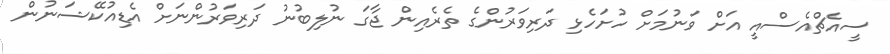
ސީއެޗްއެސްއީ އަށް ވަނުމަށް ހުށަހެޅި ދަރިވަރުންގެ ތެރެއިން ޖާގަ ނުލިބުނު ދަރިވަރުންނަށް އެޑިއުކޭޝަނުން